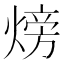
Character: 𪹚